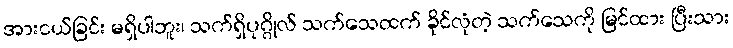
အားငယ်ခြင်း မရှိပါဘူး၊ သက်ရှိပုဂ္ဂိုလ် သက်သေထက် ခိုင်လုံတဲ့ သက်သေကို မြင်ထား ပြီးသား